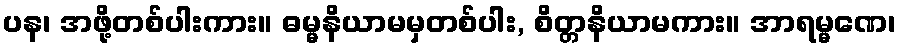
ပန၊ အဖို့တစ်ပါးကား။ ဓမ္မနိယာမမှတစ်ပါး, စိတ္တနိယာမကား။ အာရမ္မဏေ၊